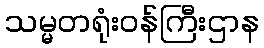
သမ္မတရုံးဝန်ကြီးဌာန